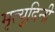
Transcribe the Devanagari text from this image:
मृत्युदिनी